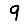
Digit: 9